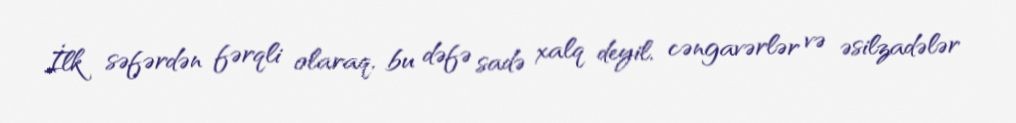
İlk səfərdən fərqli olaraq, bu dəfə sadə xalq deyil, cəngavərlər və əsilzadələr